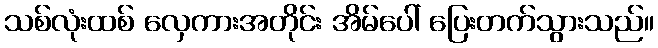
သစ်လုံးထစ် လှေကားအတိုင်း အိမ်ပေါ် ပြေးတက်သွားသည်။